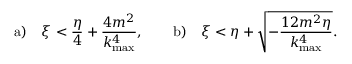
\mathrm { a ) } \quad \xi < \displaystyle { \frac { \eta } { 4 } + \frac { 4 m ^ { 2 } } { k _ { \mathrm { m a x } } ^ { 4 } } } , \qquad \mathrm { b ) } \quad \xi < \displaystyle { \eta + \sqrt { - \frac { 1 2 m ^ { 2 } \eta } { k _ { \mathrm { m a x } } ^ { 4 } } } } .